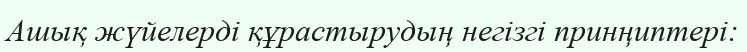
Ашық жүйелерді құрастырудың негізгі принңиптері: